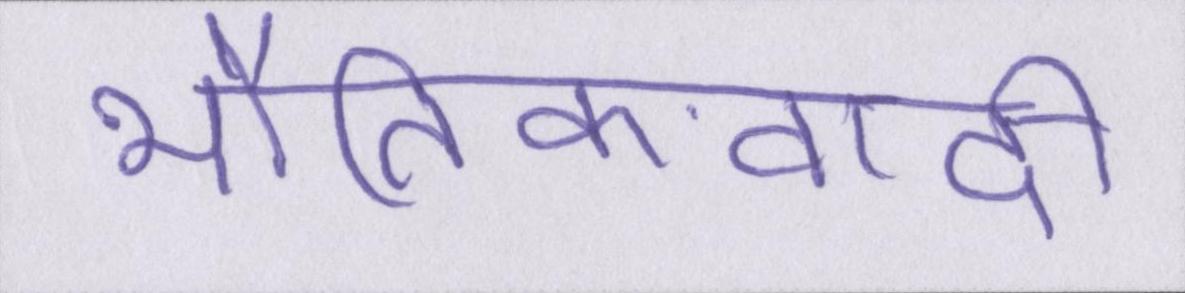
भौतिकवादी